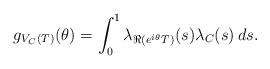
\begin{align*}g_{V_C(T)}(\theta) = \int^1_0 \lambda_{\Re(e^{i\theta}T)}(s) \lambda_C(s) \, ds.\end{align*}